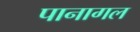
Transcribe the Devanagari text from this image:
पानागल